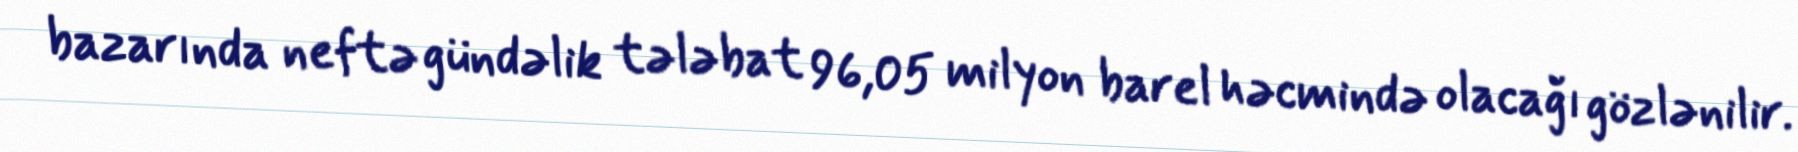
bazarında neftə gündəlik tələbat 96,05 milyon barel həcmində olacağı gözlənilir.